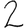
Digit: 2